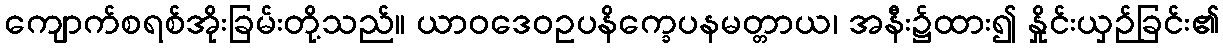
ကျောက်စရစ်အိုးခြမ်းတို့သည်။ ယာဝဒေဝဥပနိက္ခေပနမတ္တာယ၊ အနီး၌ထား၍ နှိုင်းယှဉ်ခြင်း၏